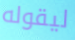
ليقوله